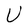
Character: U